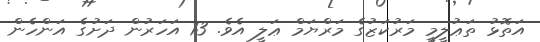
އަތޮޅު ތަޢުލީމީ މަރުކަޒުގެ މަރްޔަމް ޢަލީ އެވެ. 13 އަހަރުން ދަށުގެ އަންހެން